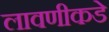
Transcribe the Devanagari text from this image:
लावणीकडे